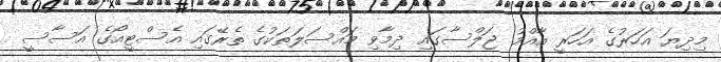
މިދިޔަ އަހަރުގެ އަހަރީ އާއްމު ޖަލްސާގައި ދިމާވި މައްސަލަތަކުގެ ތެރޭގައި އެސްޓީއޯގެ އަސާސީ